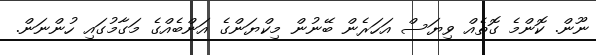
ނޫން. ކޮންމެ ގޮތެއް ވިޔަސް އަހަރެން ބޭނުން މިކްޔަންގެ އަންބެއްގެ މަގާމުގައި ހުންނަން.